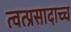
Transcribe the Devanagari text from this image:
त्वत्प्रसादाच्च